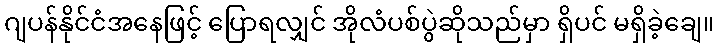
ဂျပန်နိုင်ငံအနေဖြင့် ပြောရလျှင် အိုလံပစ်ပွဲဆိုသည်မှာ ရှိပင် မရှိခဲ့ချေ။